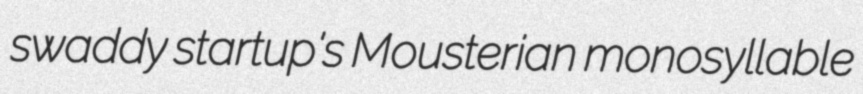
swaddy startup's Mousterian monosyllable